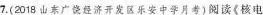
7.(2018山东广饶经济开发区乐安中学月考)阅读《核电